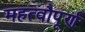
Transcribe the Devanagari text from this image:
महत्वौपूर्ण